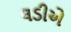
લડીએ